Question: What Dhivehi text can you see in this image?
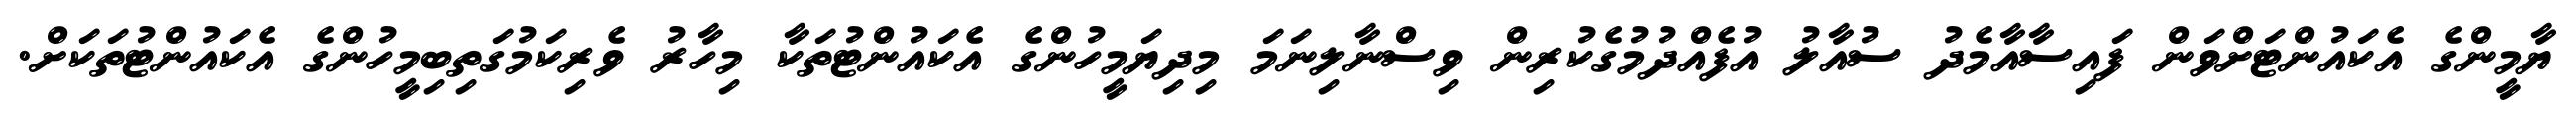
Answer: ޔާމީންގެ އެކައުންޓަށްވަން ފައިސާއާމެދު ސުއާލު އުފެއްދުމުގެކުރިން ވިސްނާލިނަމަ މިދިޔަމީހުންގެ އެކައުންޓުތަކާ މިހާރު ވެރިކަމުގަތިބިމީހުންގެ އެކައުންޓުތަކަށް.